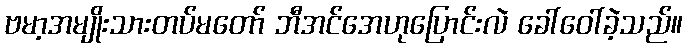
ဗမာ့အမျိုးသားတပ်မတော် ဘီအင်အေဟုပြောင်းလဲ ခေါ်ဝေါ်ခဲ့သည်။